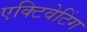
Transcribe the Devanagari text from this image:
एक्टिवेटिंग